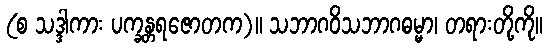
(စ သဒ္ဒါကား ပက္ခန္တရဇောတက)။ သဘာဂဝိသဘာဂဓမ္မာ၊ တရားတို့ကို။